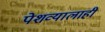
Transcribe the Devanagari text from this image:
पेशव्यालाही